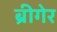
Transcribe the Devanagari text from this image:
ब्रीगेर